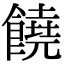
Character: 饒